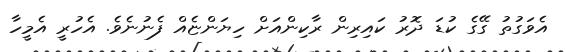
އެވަގުތު ގޭގެ ކުޑަ ދޮރު ކައިރިން ރާކިންއަށް ހިޔަންޏެއް ފެނުނެވެ. އެހުރީ އެމީހާ